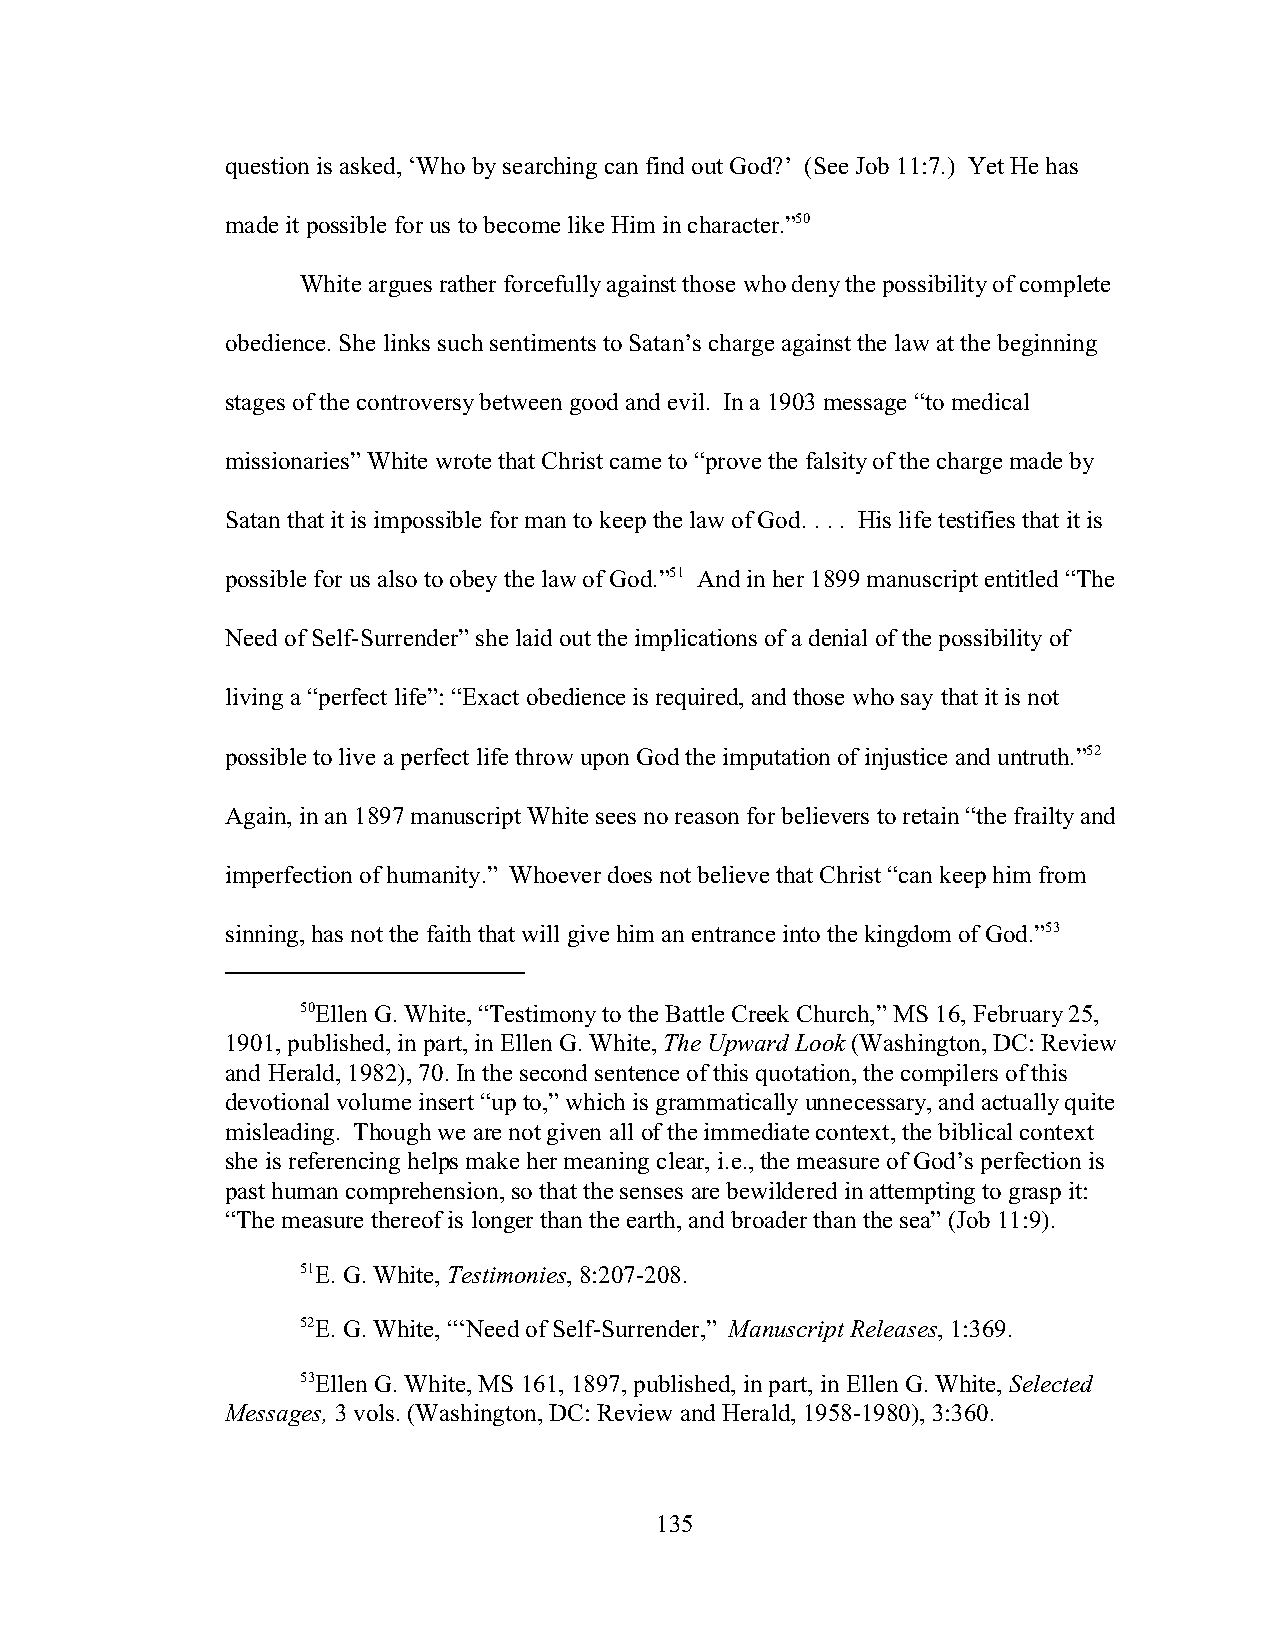
question is asked, ‘Who by searching can find out God?’ (See Job 11:7.) Yet He has
 made it possible for us to become like Him in character.”50
 White argues rather forcefully against those who deny the possibility of complete
 obedience. She links such sentiments to Satan’s charge against the law at the beginning
 stages of the controversy between good and evil. In a 1903 message “to medical
 missionaries” White wrote that Christ came to “prove the falsity of the charge made by
 Satan that it is impossible for man to keep the law of God. . . . His life testifies that it is
 possible for us also to obey the law of God.”51 And in her 1899 manuscript entitled “The
 Need of Self-Surrender” she laid out the implications of a denial of the possibility of
 living a “perfect life”: “Exact obedience is required, and those who say that it is not
 possible to live a perfect life throw upon God the imputation of injustice and untruth.”52
 Again, in an 1897 manuscript White sees no reason for believers to retain “the frailty and
 imperfection of humanity.” Whoever does not believe that Christ “can keep him from
 sinning, has not the faith that will give him an entrance into the kingdom of God.”53
 50Ellen G. White, “Testimony to the Battle Creek Church,” MS 16, February 25,
 1901, published, in part, in Ellen G. White, The Upward Look (Washington, DC: Review
 and Herald, 1982), 70. In the second sentence of this quotation, the compilers of this
 devotional volume insert “up to,” which is grammatically unnecessary, and actually quite
 misleading. Though we are not given all of the immediate context, the biblical context
 she is referencing helps make her meaning clear, i.e., the measure of God’s perfection is
 past human comprehension, so that the senses are bewildered in attempting to grasp it:
 “The measure thereof is longer than the earth, and broader than the sea” (Job 11:9).
 51E. G. White, Testimonies, 8:207-208.
 52E. G. White, “‘Need of Self-Surrender,” Manuscript Releases, 1:369.
 53Ellen G. White, MS 161, 1897, published, in part, in Ellen G. White, Selected
 Messages, 3 vols. (Washington, DC: Review and Herald, 1958-1980), 3:360.
 135